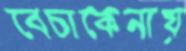
বেচাকেনায়